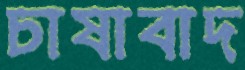
চাষাবাদ